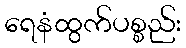
ရေနံထွက်ပစ္စည်း